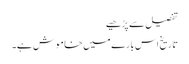
تفصیل سے پڑھیے
تاریخ اس بارے میں خاموش ہے۔